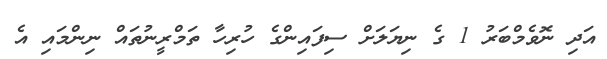
އަދި ނޮވެމްބަރު 1 ގެ ނިޔަލަށް ސިފައިންގެ ހުރިހާ ތަމްރީނުތައް ނިންމައި އެ